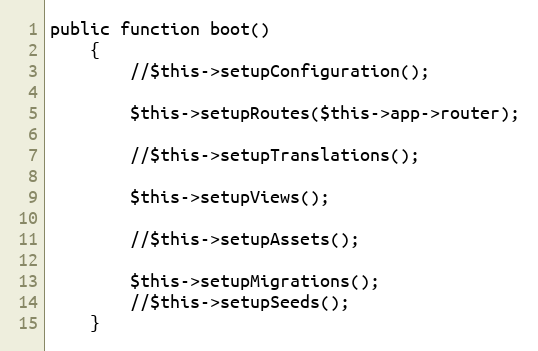
Language: PHP
public function boot()
    {
        //$this->setupConfiguration();

        $this->setupRoutes($this->app->router);

        //$this->setupTranslations();

        $this->setupViews();

        //$this->setupAssets();

        $this->setupMigrations();
        //$this->setupSeeds();
    }